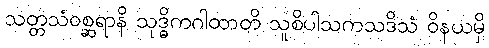
သတ္တသံဝစ္ဆရာနိ သုဒ္ဓိကဂါထာတိ သူစိပါသကသဒိသံ ဝိနယမှိ